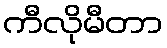
ကီလိုမီတာ